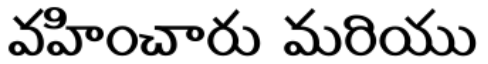
వహించారు మరియు